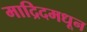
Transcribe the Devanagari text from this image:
माद्रिदमधून